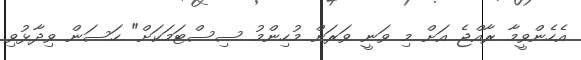
އެހެންވީމާ ރާއްޖެ އަށް މި ވަނީ ވަރަށް މުހިންމު ސިސްޓަމަކަށް" ހަސަން ވިދާޅުވި